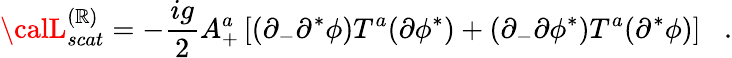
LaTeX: {\calL}_{scat}^{(\mathbb{R})}=-\frac{{ig}}{{2}}A_{+}^{a}\left[(\partial_{-}\partial^{*}\phi)T^{a}(\partial\phi^{*})+(\partial_{-}\partial\phi^{*})T^{a}(\partial^{*}\phi)\right]\; \; \; .